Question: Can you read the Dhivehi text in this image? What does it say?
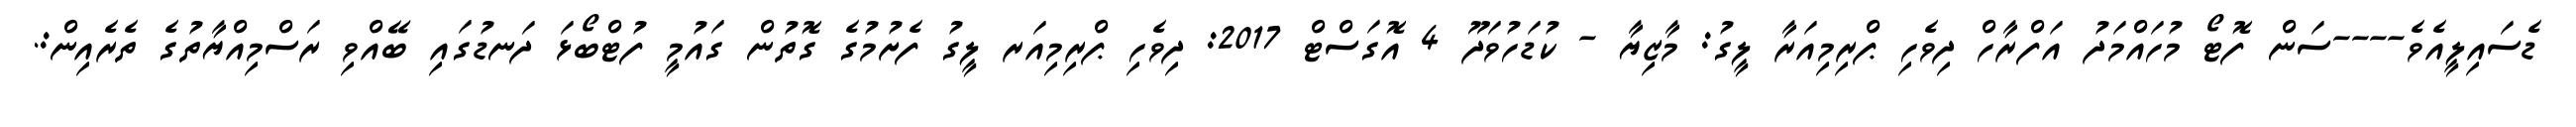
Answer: ޑެސައިލީއެވެ----ސަން ފޮޓޯ މުހައްމަދު އަފްރާހް ދިވެހި ޕްރިމިއަރާ ލީގު: މާޒިޔާ - ކުޑަހުވަދޫ 4 އޮގަސްޓް 2017: ދިވެހި ޕްރިމިއަރ ލީގު ފެށުމުގެ ގޮތުން ގައުމީ ފުޓްބޯޅަ ދަނޑުގައި ބޭއްވި ރަސްމިއްޔާތުގެ ތެރެއިން:.